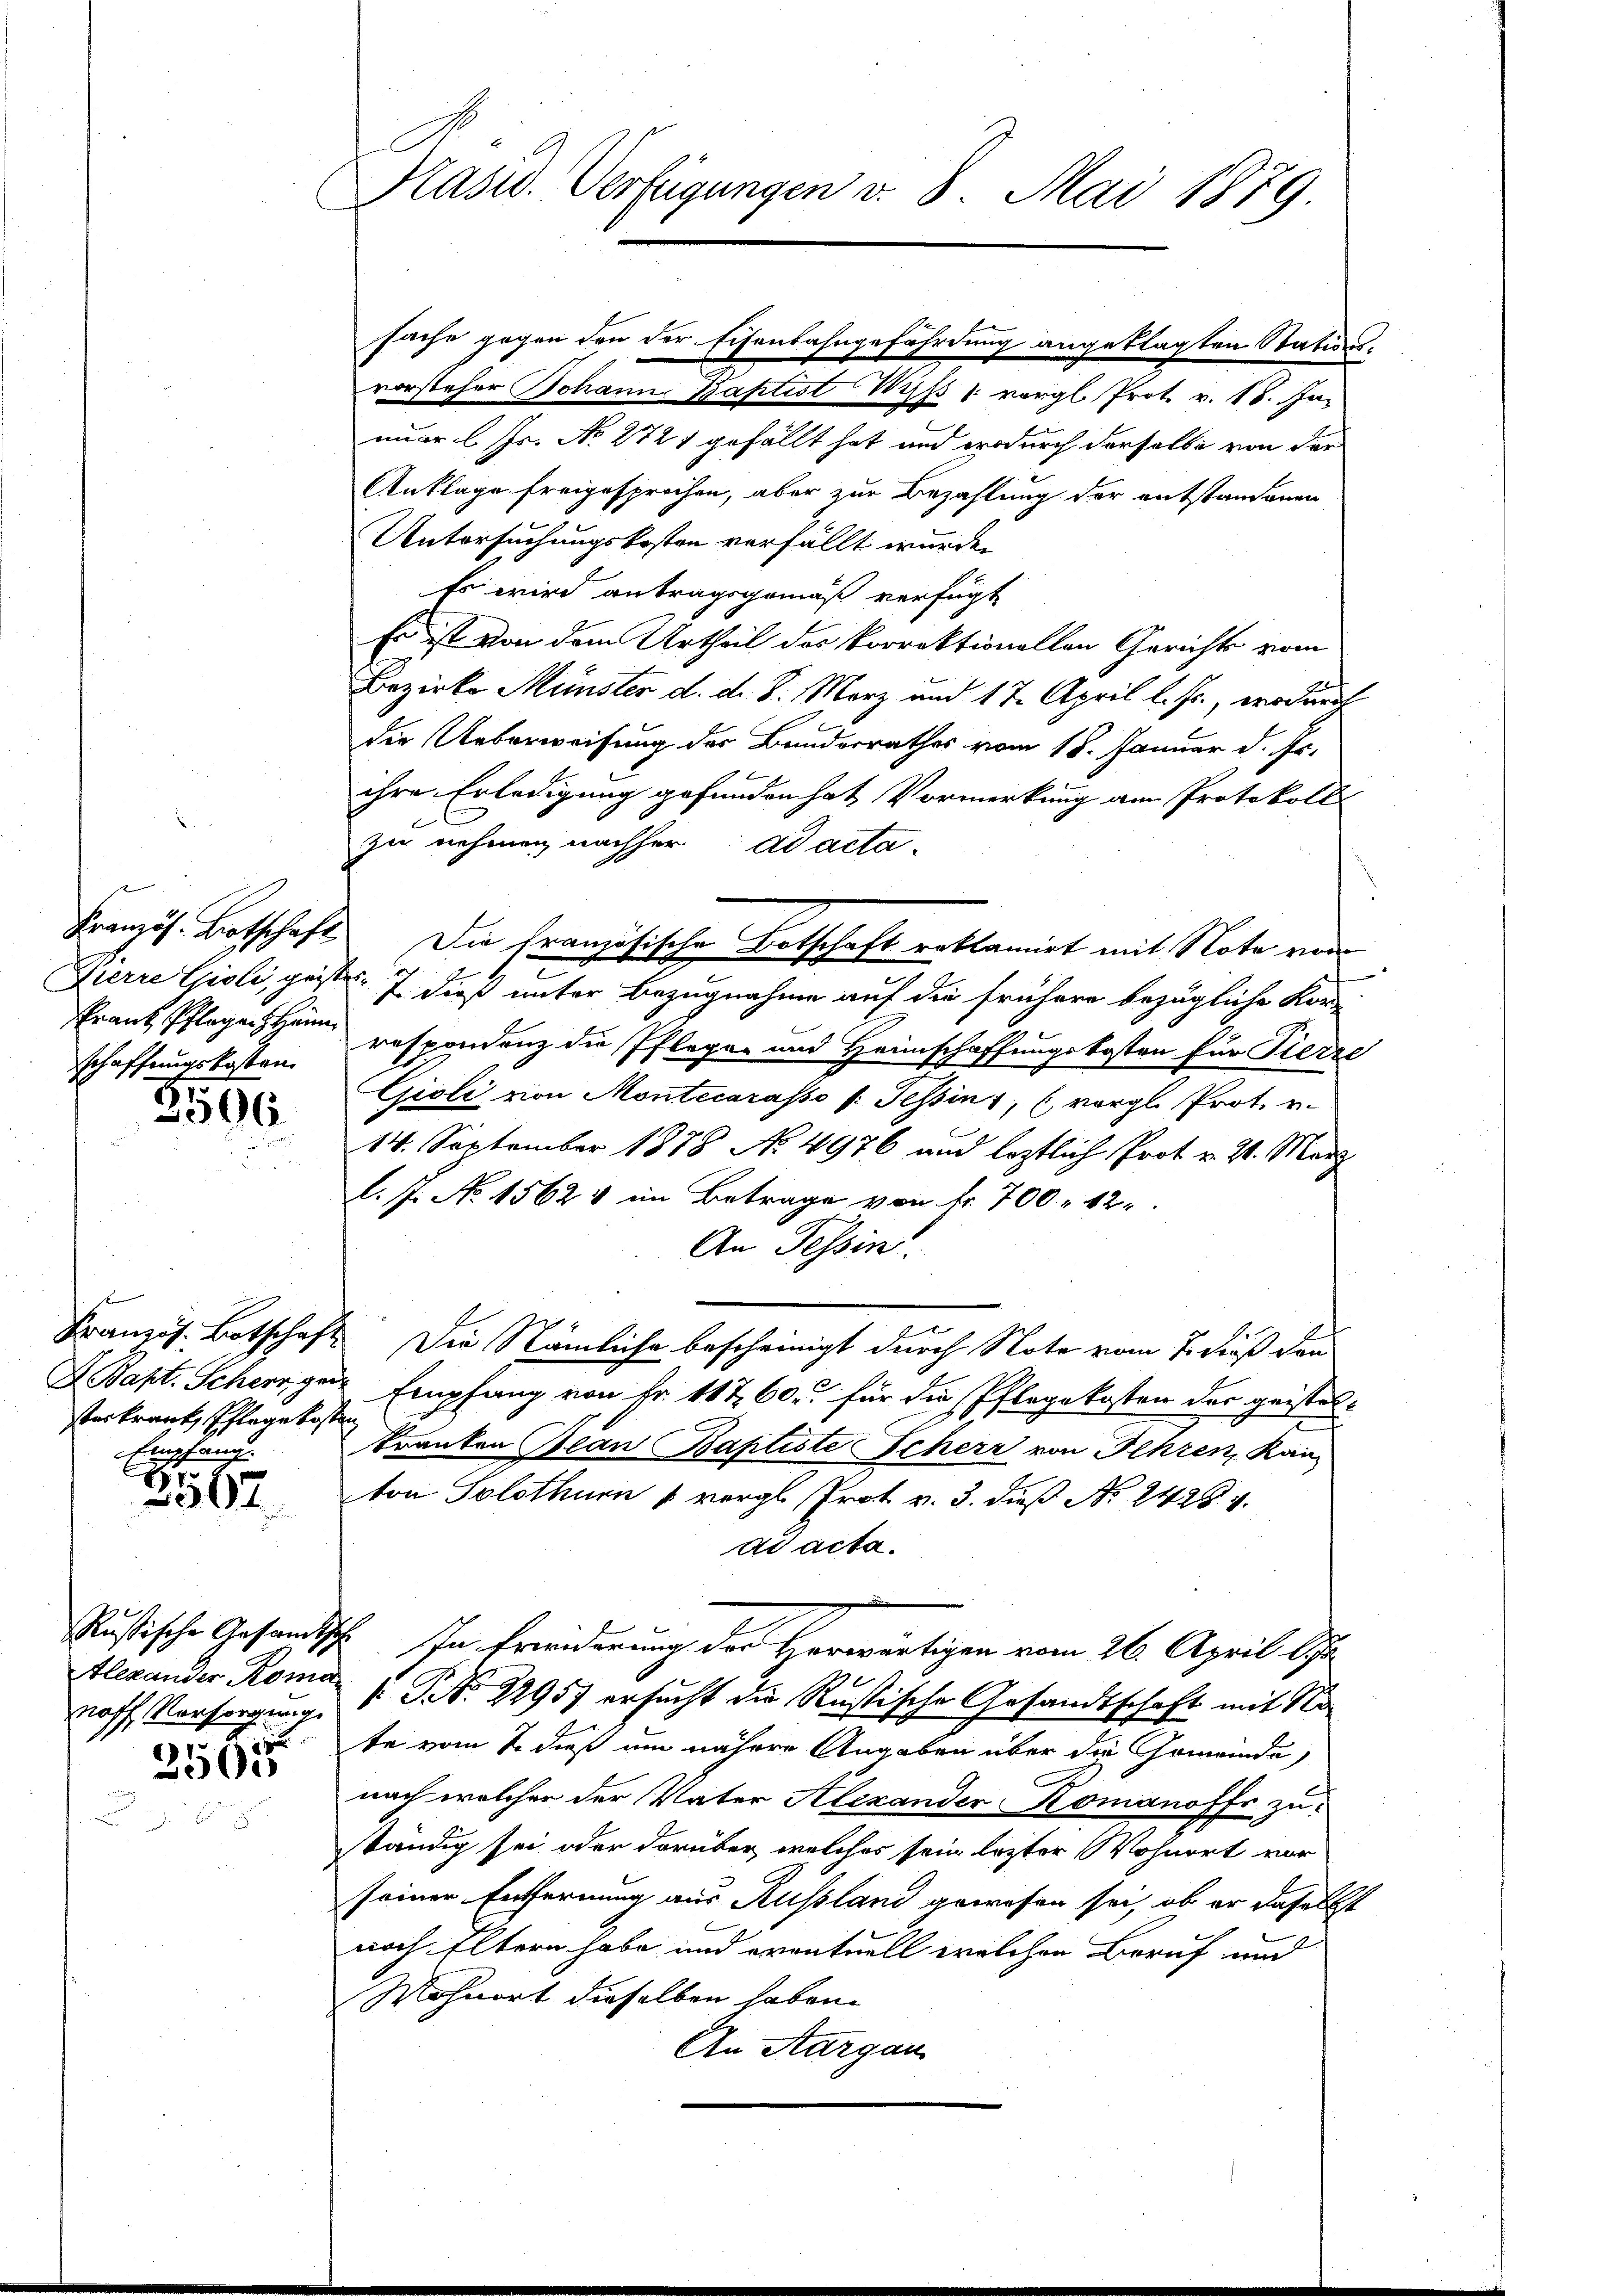
raut Pflegen Hänn
schaffungskosten.

3596.

serkrank, Pflege kosten
Empfang.

r
307

Alexander Roma

.

2500

Kasid. Verfügungen v. 8. Mai 1879.

sache gegen den der Eisenbahngefährdung angeklagten Stations-
vorsteher Johann Baptist Wiß " vorgl. Prot. v. 18. Januar l. Js. No 2721 gefällt hat und wodurch derselbe von der
Anklage freigesprochen, aber zur Bezahlung der entstandenen
Untersuchungskosten verfällt wurden
Es wird antragsgemäß verfügt
Es ist von dem Urtheil des Vorrektionellen Gerichts vom
Bezirke Münster d. d. 8. März und 17. April l. Js., wodurch
die Ueberweisung der Bunderrathes vom 18. Januar d. Js.
ihre Erledigung gefunden hat Vormerkung am Protokoll
zu nehmen nachher ad acta-
Französ. Botschaft. Die Französische Botschaft reklamirt mit Note vor
Zierre Gioli, geiste. 7. dieß unter Bezugnahme auf die frühere bezügliche Kor-
respondenz die Pfleger und Heimschaffungskosten für Tierze
Gioli von Montecarasso (: Tessin, (vergl. Prot u.
14. September 1888 No 4976 und leztlich Prot. v. 21. März
l. J. No 1562 & im Betrage von Fr. 700 - 12.
An Tessin.
Kranzös. Botschaft. Die Nämliche bescheinigt durch Note vom 7. dieß dan
I. Bapt. Scher geiz Empfang von Fr. 11 t 60. für die Pflegekosten der geisteltranken Bean Baptiste Scherr von Ihren, Kain
ton Solothur 1 vergl. Prot v. 3. dieß No. 2428 v.
ad acta.
Rustische Gesandtsch. In Erwiderung der Herwärtigen vom 26. April lJ.
noff, Vorsorgung 1 S. 22957 ersucht die Rustische Gesandtschaft mit No
te vom 1. dieß um nähere Angaben über die Gemeinde,
nach welcher der Vater Alexander Komanoffe zu
ständig sei, oder darüber, welches sein letzter Wohnort vor
seiner Entfernung aus Russland gewesen sei, ob er daselbst
noch Eltern habe und eventuell welchen Beruf und
Mohnort dieselben haben.
An Aargau